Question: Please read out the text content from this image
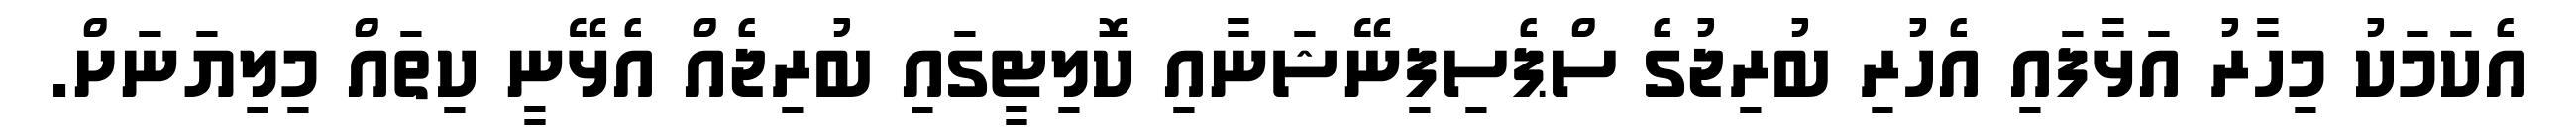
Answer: އެކަމަކު މިހާރު އަޅާފައި އެހުރި ބުރިޖުގެ ސްޕެސިފިނޭޝަނާއި ކޮލިޓީގައި ބުރިޖެއް އެޅޭނީ ކިތައް މިލިޔަނަށް.